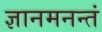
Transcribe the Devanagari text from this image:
ज्ञानमनन्तं